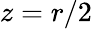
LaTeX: z=r/2